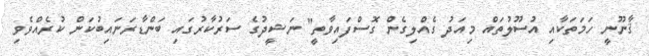
ޤާނޫނީ ހަމަތަކާއި އުސޫލުތައް މިއަދު ގެއްލިގެން ގޮސްފައިވާތީ" ނަޝީދުގެ ސަރުކާރުގައި ބަންޑާރަނައިބުކަން ކުރެއްވެވި